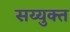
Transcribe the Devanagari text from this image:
सय्युक्त